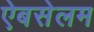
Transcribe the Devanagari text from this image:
ऐबसेलम